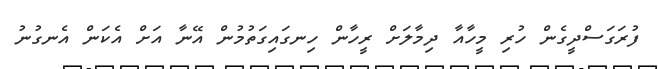
ފުރަގަސްދީގެން ހުރި މީހާއާ ދިމާލަށް ރީހާން ހިނގައިގަތުމުން އޭނާ އަށް އެކަން އެނގުނު